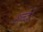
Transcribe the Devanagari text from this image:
शव्‍दों